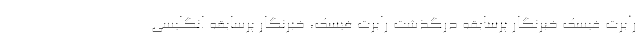
رابرت فیسک خبرنگار پرسابقه درگذشت رابرت فیسک، خبرنگار پرسابقه انگلیسی